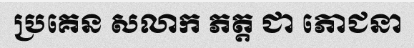
ប្រគេន សលាក ភត្ត ជា ភោជនា